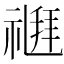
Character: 𥛉